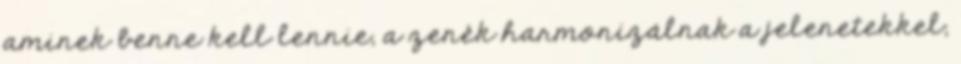
aminek benne kell lennie, a zenék harmonizálnak a jelenetekkel,